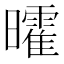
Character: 曤